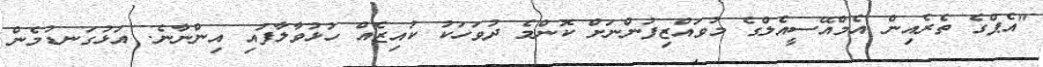
"އެޕްގެ ތެރެއިން އެމްއޭސީއެލްގެ މުވައްޒިފުންނަށް ކޮންމެ ދުވަހަކު ކުއިޒެއް ހުޅުވާލާފައި އިންނާނެ. އަޅުގަނޑުމެން